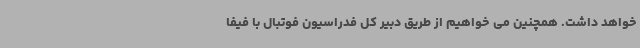
خواهد داشت. همچنین می خواهیم از طریق دبیر کل فدراسیون فوتبال با فیفا